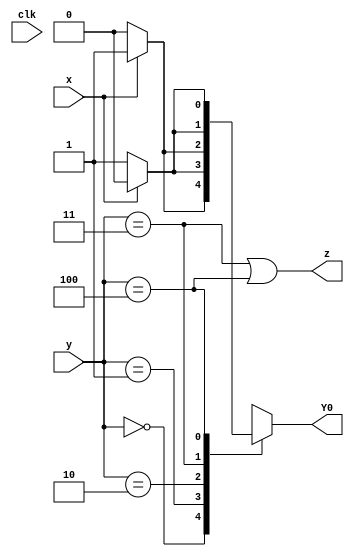
module top_module (
    input clk,
    input [2:0] y,
    input x,
    output Y0,
    output z
);
    parameter [2:0] A=3'b000,B=3'b001,C=3'b010,D=3'b011,E=3'b100;
    reg [2:0] ns;
    
    always@(*)begin
        case(y)
            A: ns = x? B:A;
            B: ns = x? E:B;
            C: ns = x? B:C;
            D: ns = x? C:B;
            E: ns = x? E:D;
            default: ns = 3'bxxx;
        endcase
    end
    
    assign z = (y==D) | (y==E);
    assign Y0 = ns[0];

endmodule